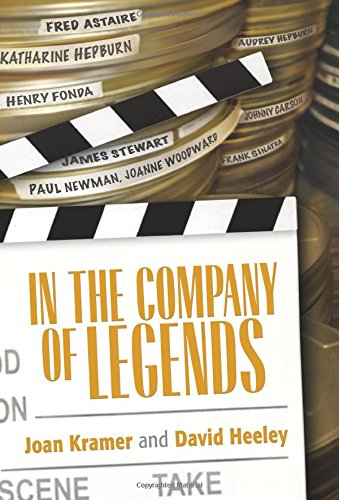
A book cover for In the Company of Legends; Joan Kramer New York; Biographies & Memoirs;